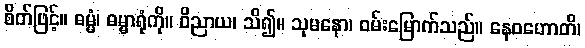
စိတ်ဖြင့်။ ဓမ္မံ၊ ဓမ္မာရုံကို။ ဝိညာယ၊ သိ၍။ သုမနော၊ ဝမ်းမြောက်သည်။ နေဝဟောတိ၊